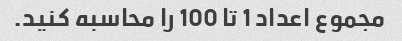
مجموع اعداد 1 تا 100 را محاسبه کنید.